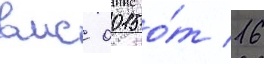
вмс 0015 о́т 16